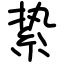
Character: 絷